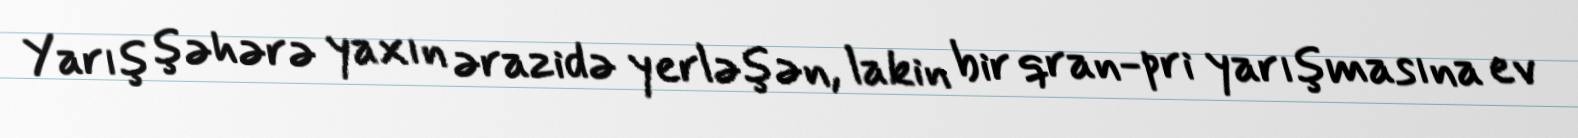
Yarış şəhərə yaxın ərazidə yerləşən, lakin bir qran-pri yarışmasına ev